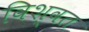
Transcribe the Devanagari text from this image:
विश्‍वत